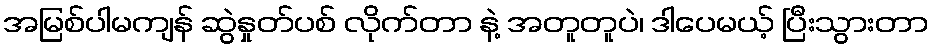
အမြစ်ပါမကျန် ဆွဲနှုတ်ပစ် လိုက်တာ နဲ့ အတူတူပဲ၊ ဒါပေမယ့် ပြီးသွားတာ